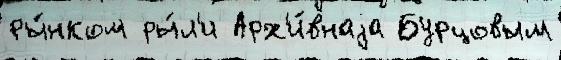
ры́нком ры́л'и Арх'и́внаjа Бурцовым